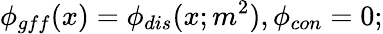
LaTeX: \phi_{gff}(x)=\phi_{dis}(x;m^{2}),\phi_{con}=0;